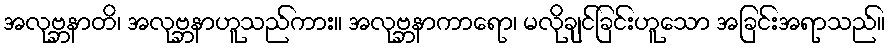
အလုဗ္ဘနာတိ၊ အလုဗ္ဘနာဟူသည်ကား။ အလုဗ္ဘနာကာရော၊ မလိုချင်ခြင်းဟူသော အခြင်းအရာသည်။